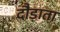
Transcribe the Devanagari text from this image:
दौड़ाता